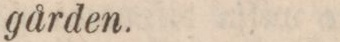
gården.